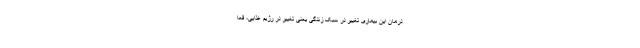
درمان این بیماری تغییر در سبک زندگی یعنی تغییر در رژیم غذایی، فعا